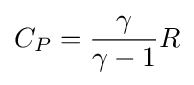
C_{P}={\frac {\gamma }{\gamma -1}}R